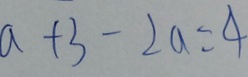
a + 3 - 2 a = 4